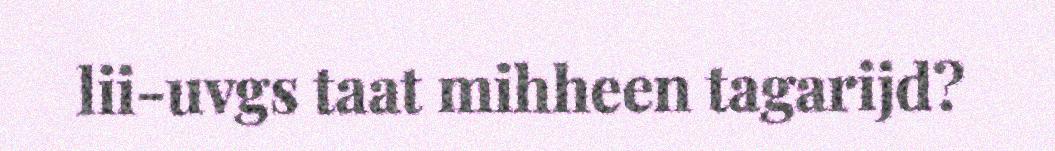
lii-uvgs taat mihheen tagarijd?